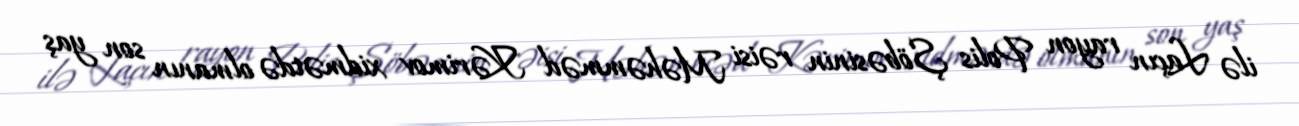
ilə Laçın rayon Polis Şöbəsinin rəisi Məhəmməd Kərimov xidmətdə olmanın son yaş